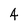
Character: 4